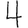
Digit: 4